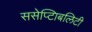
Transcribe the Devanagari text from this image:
ससेप्टिाबलिटी